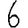
Digit: 6